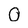
Character: O